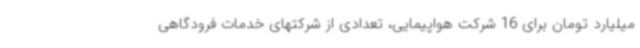
میلیارد تومان برای 16 شرکت هواپیمایی، تعدادی از شرکتهای خدمات فرودگاهی